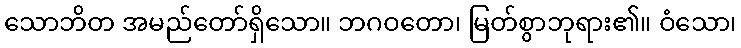
သောဘိတ အမည်တော်ရှိသော။ ဘဂဝတော၊ မြတ်စွာဘုရား၏။ ဝံသော၊